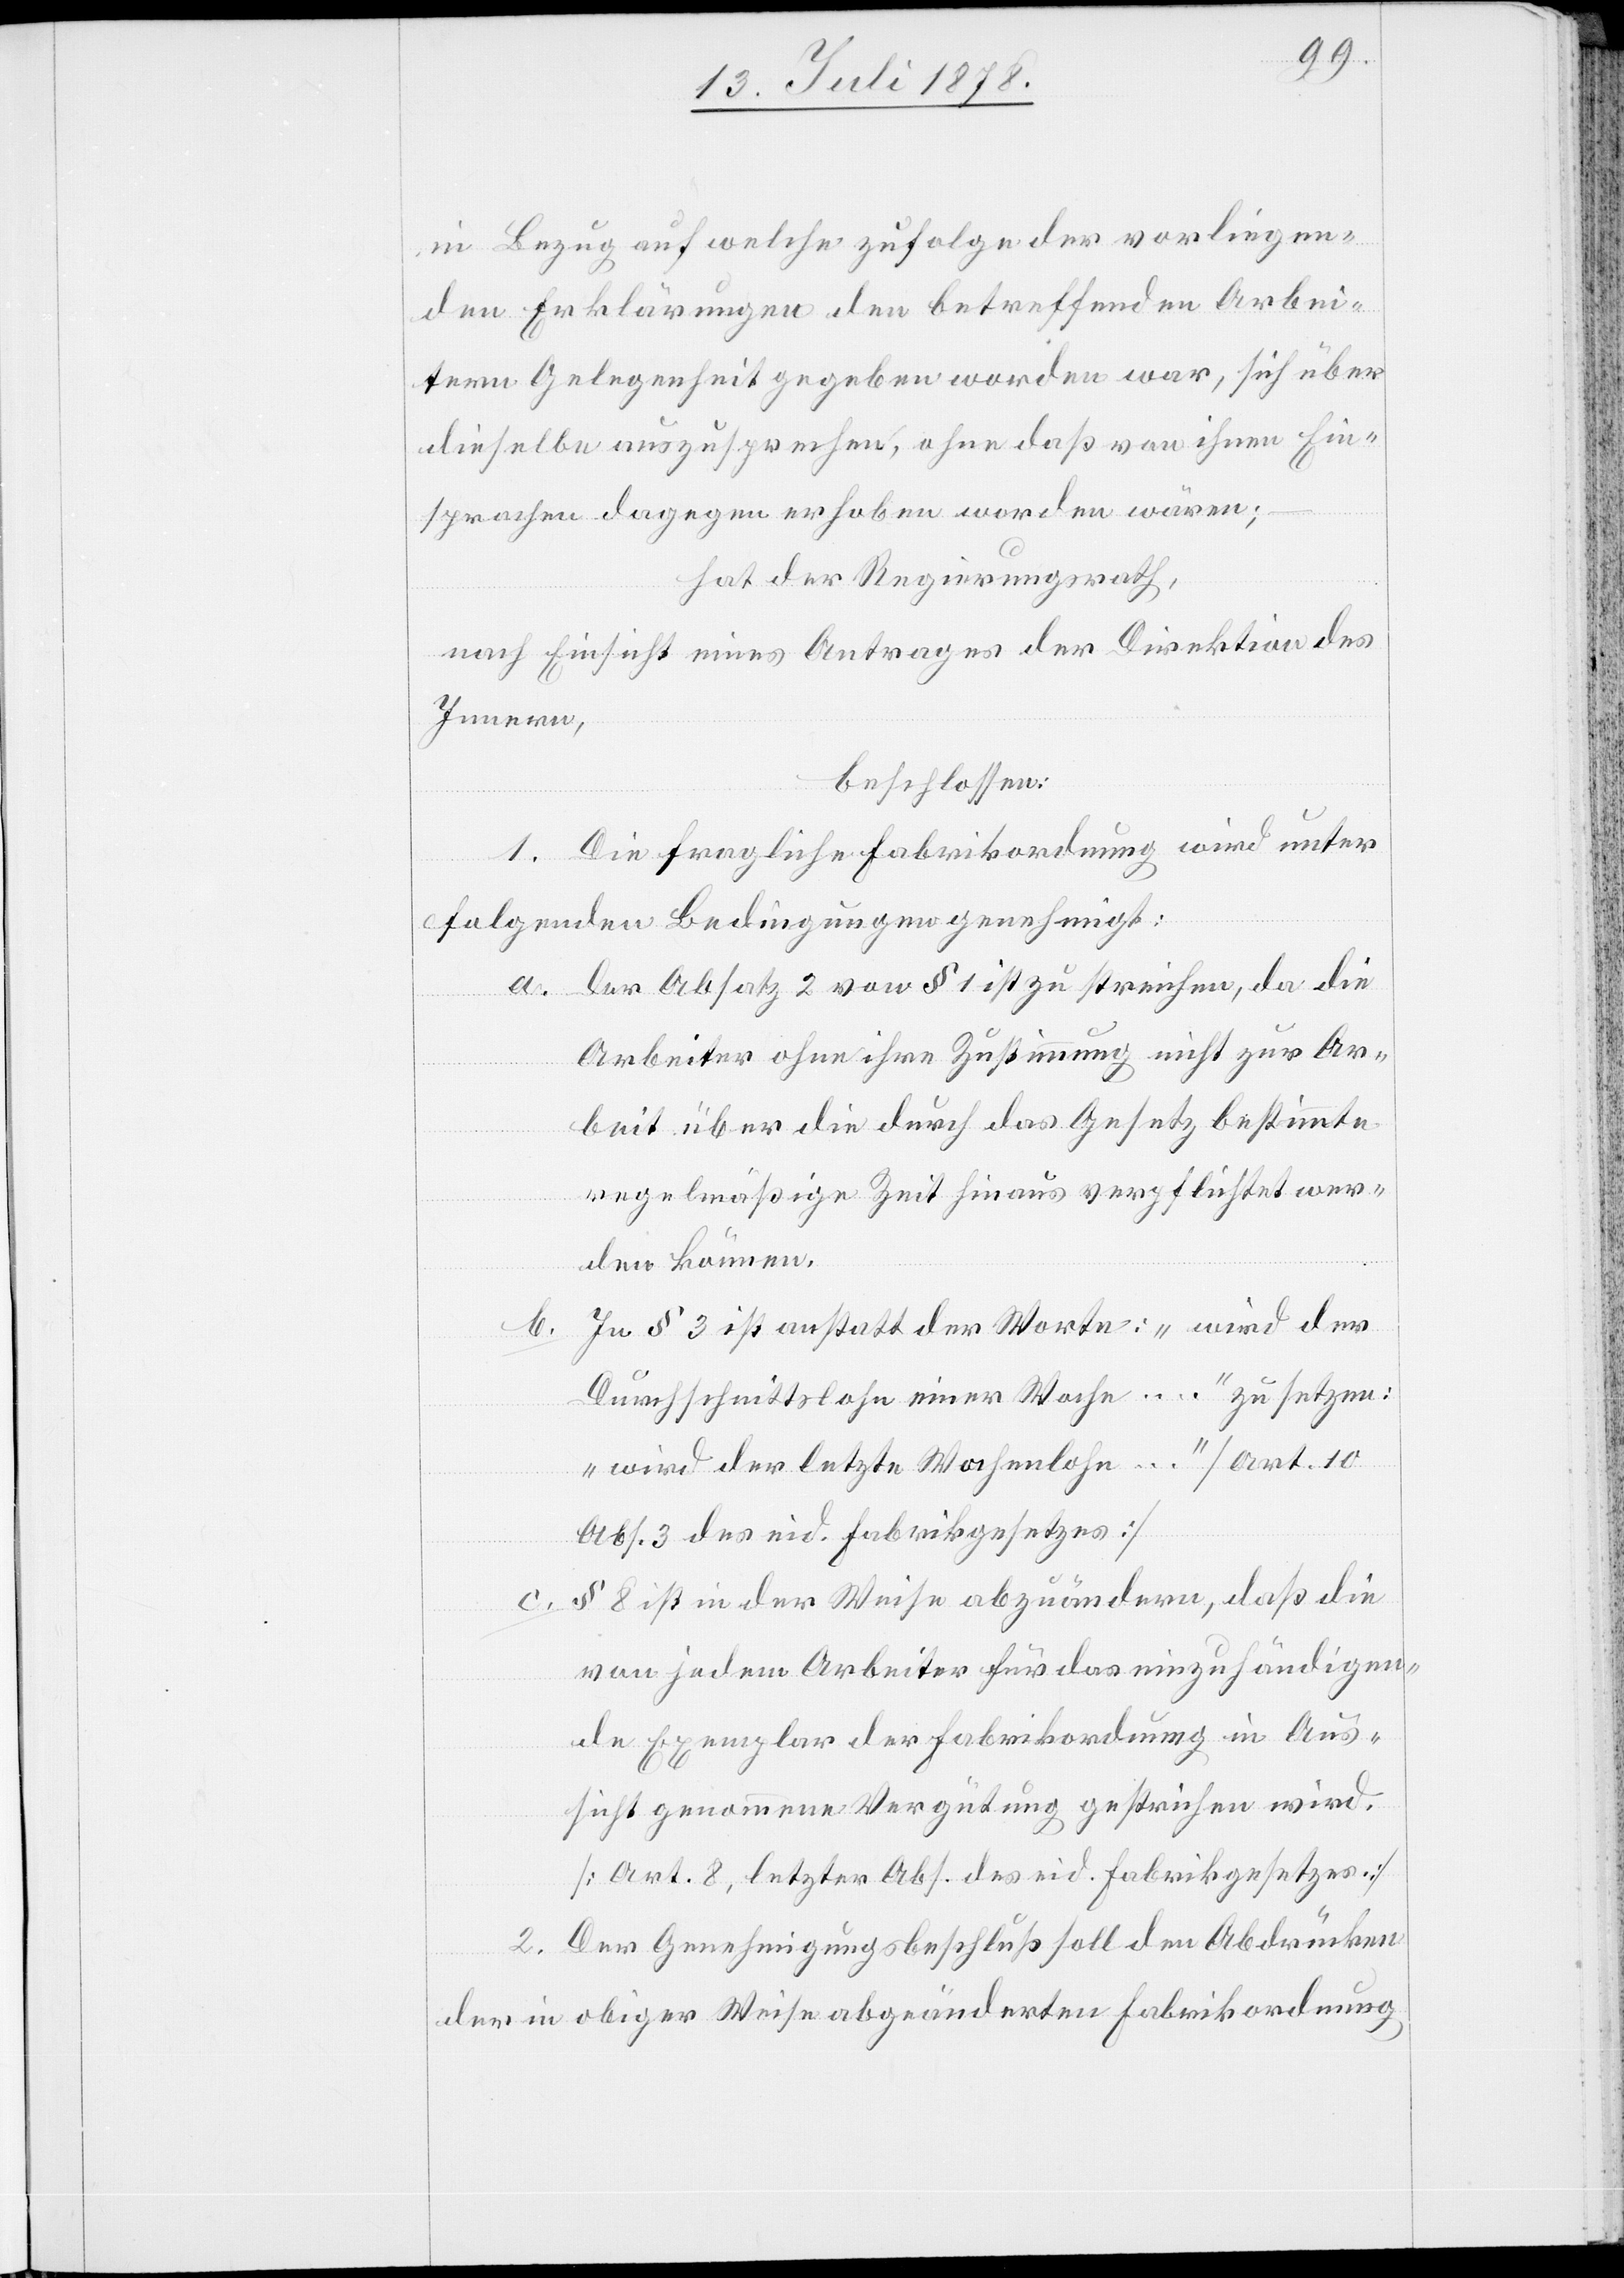
in Bezug auf welche zufolge der vorliegen¬
den Erklärungen den betreffenden Arbei¬
tern Gelegenheit gegeben worden war, sich über
dieselbe auszusprechen, ohne daß von ihnen Ein¬
sprachen dagegen erhoben worden wären;
hat der Regierungsrath,
nach Einsicht eines Antrages der Direktion des
Innern,
beschlossen:
1. Die fragliche Fabrikordnung wird unter
folgenden Bedingungen genehmigt:
a. Der Absatz 2 von § 1 ist zu streichen, da die
Arbeiter ohne ihre Zustimmung nicht zur Ar¬
beit über die durch das Gesetz bestimmte
regelmäßige Zeit hinaus verpflichtet wer¬
den können.
In § 3 ist anstatt der Worte: „wird der
Durchschnittslohn einer Woche …“ zu setzen:
„wird der letzte Wochenlohn …“ [Art. 10
Abs. 3 des eid. Fabrikgesetzes].
§ 8 ist in der Weise abzuändern, daß die
b.
von jedem Arbeiter für das einzuhändigen¬
de Exemplar der Fabrikordnung in Aus¬
sicht genommene Vergütung gestrichen wird.
[Art. 8, letzter Abs. des eid. Fabrikgesetzes].
Der Genehmigungsbeschluß soll den Abdrücken
2.
der in obiger Weise abgeänderten Fabrikordnung